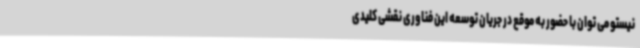
نیستو می توان با حضور به موقع در جریان توسعه این فناوری نقشی کلیدی